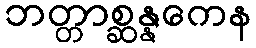
ဘတ္တာစ္ဆန္နကေန